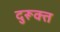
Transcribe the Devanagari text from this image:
दुरूक्त